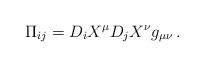
LaTeX: \begin{align*}\Pi_{ij} =D_i X^{\mu}D_j X^{\nu}g_{\mu\nu} \, .\end{align*}